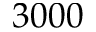
3 0 0 0